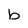
Character: b